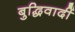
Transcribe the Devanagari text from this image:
बुद्धिवादीं